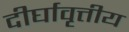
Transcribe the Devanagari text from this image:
दीर्घावृत्तीय